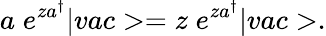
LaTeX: a\; e^{za^{\dagger}}|vac>=z\; e^{za^{\dagger}}|vac>.